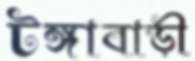
টঙ্গাবাড়ী